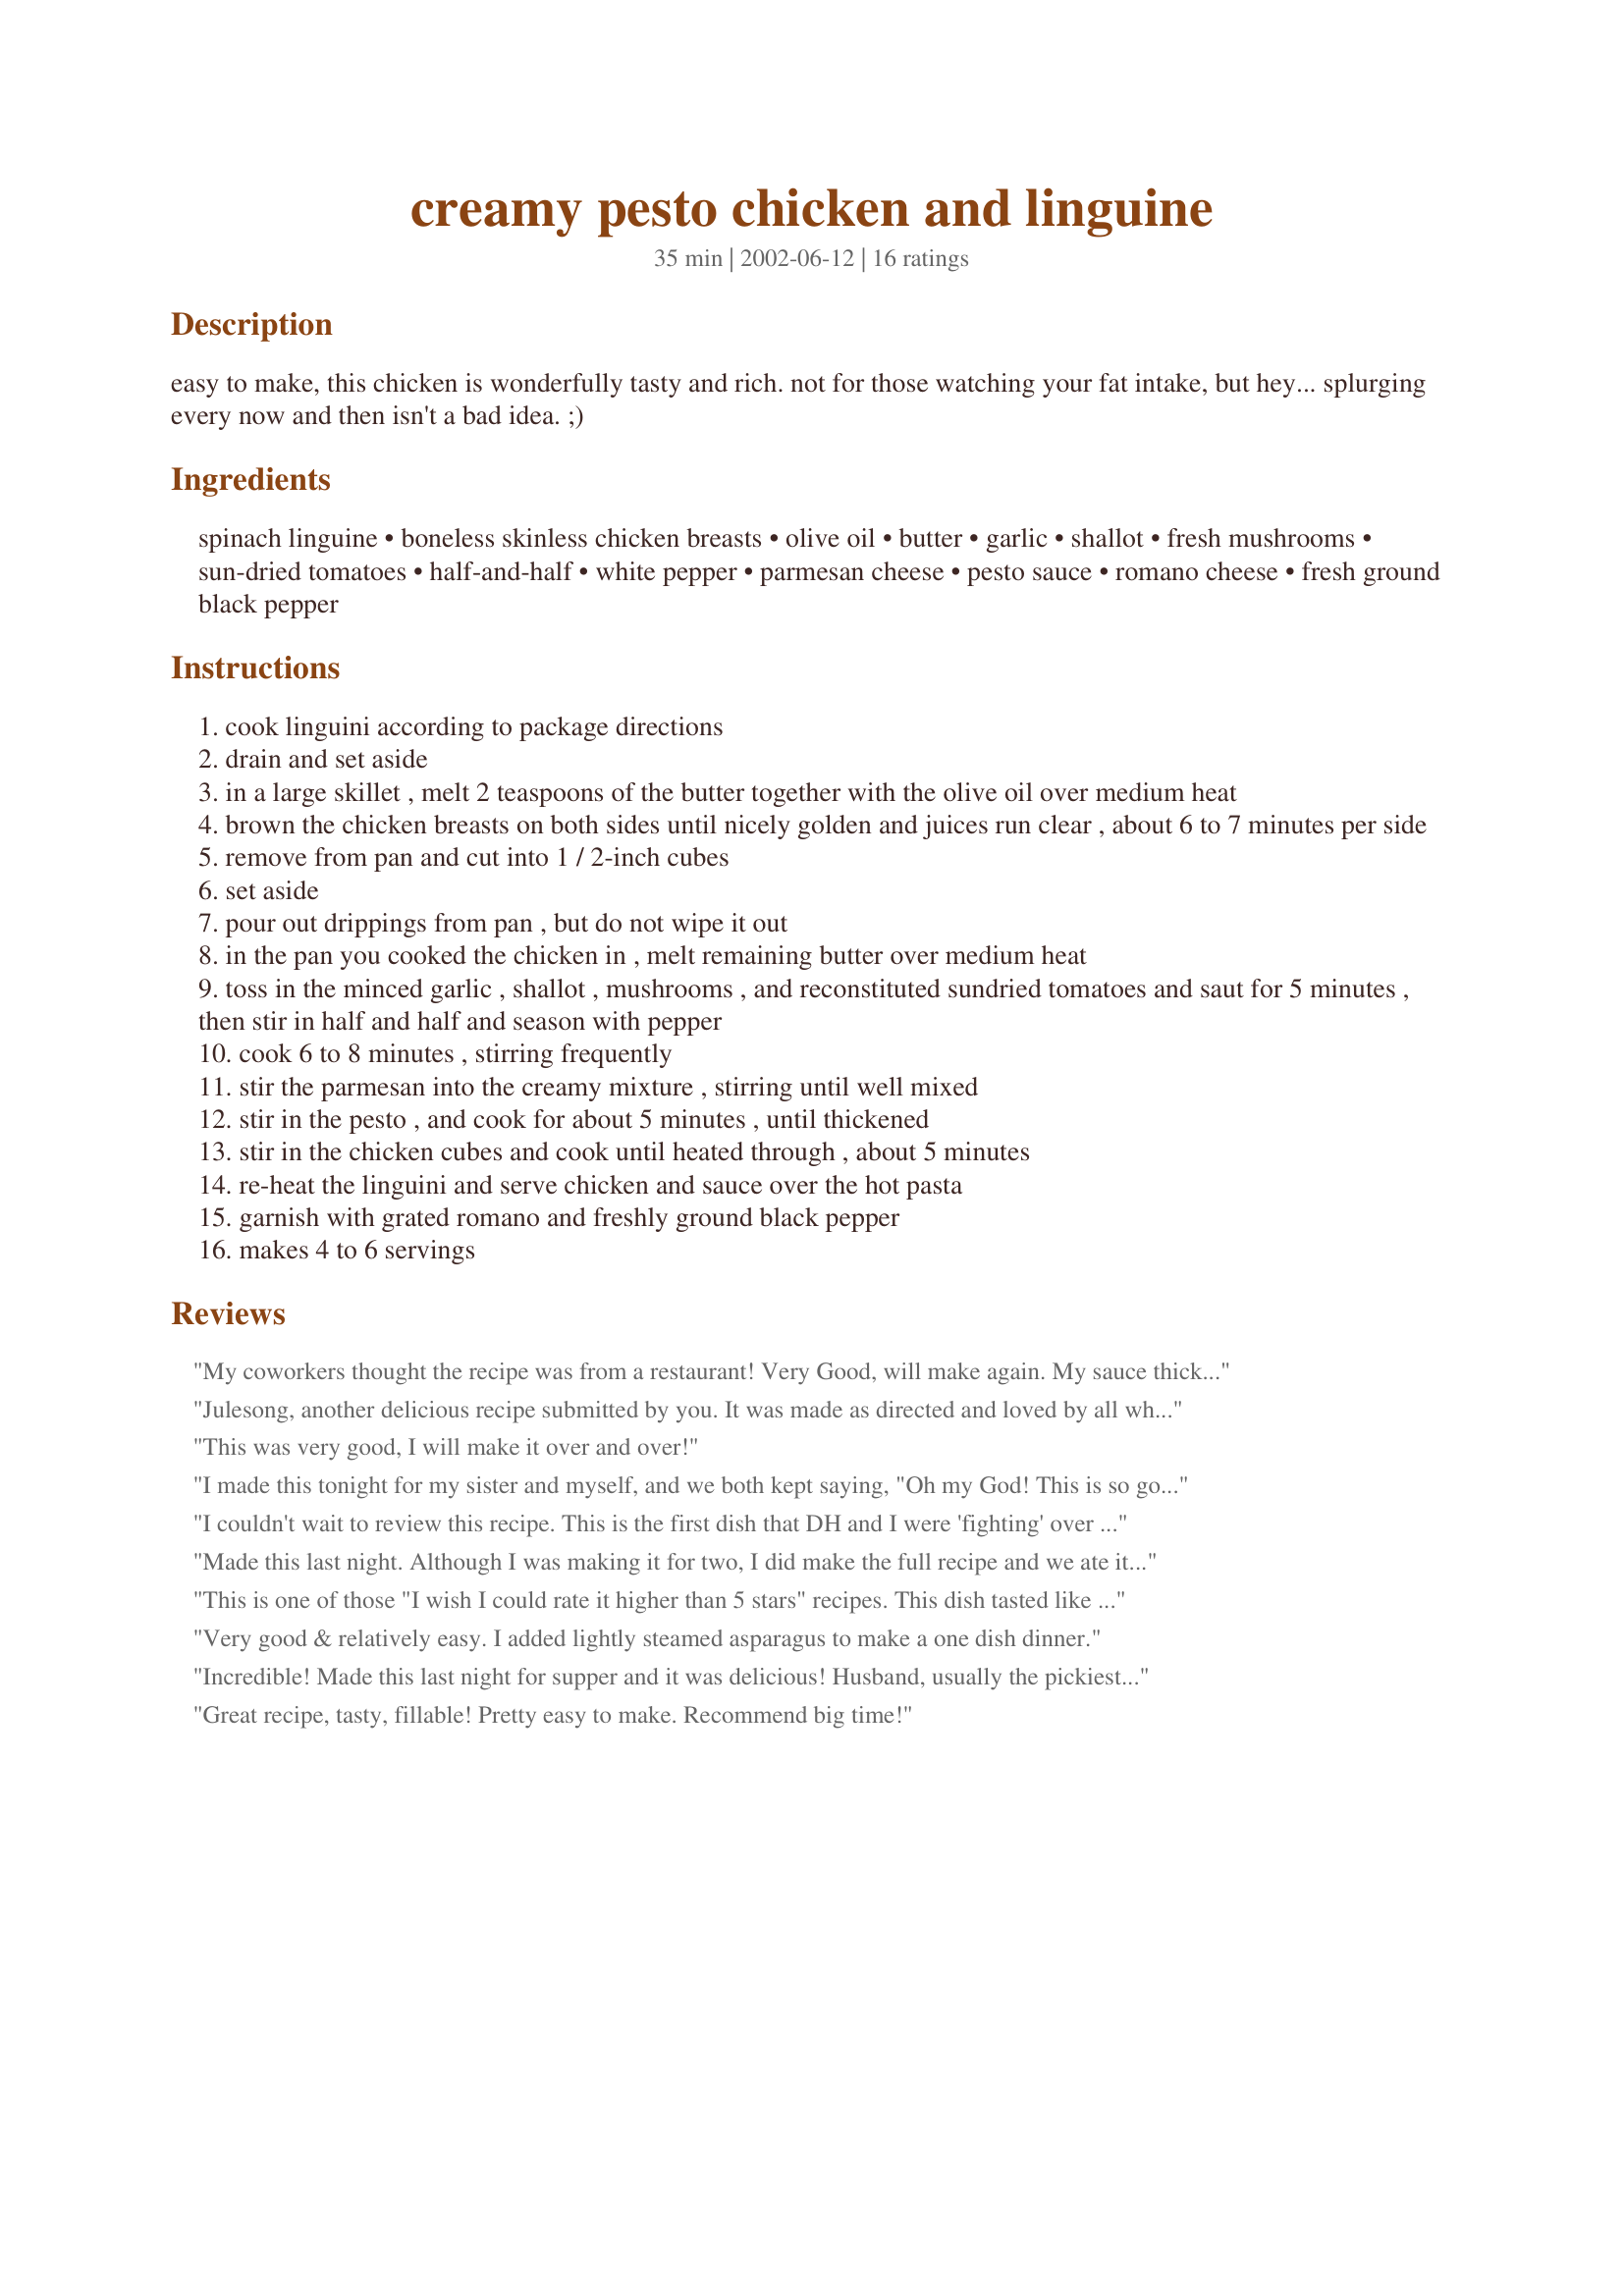
creamy pesto chicken and linguine
Preparation time: 35 minutes

easy to make, this chicken is wonderfully tasty and rich. not for those watching your fat intake, but hey... splurging every now and then isn't a bad idea. ;)

Ingredients:
spinach linguine, boneless skinless chicken breasts, olive oil, butter, garlic, shallot, fresh mushrooms, sun-dried tomatoes, half-and-half, white pepper, parmesan cheese, pesto sauce, romano cheese, fresh ground black pepper

Steps:
cook linguini according to package directions
drain and set aside
in a large skillet , melt 2 teaspoons of the butter together with the olive oil over medium heat
brown the chicken breasts on both sides until nicely golden and juices run clear , about 6 to 7 minutes per side
remove from pan and cut into 1 / 2-inch cubes
set aside
pour out drippings from pan , but do not wipe it out
in the pan you cooked the chicken in , melt remaining butter over medium heat
toss in the minced garlic , shallot , mushrooms , and reconstituted sundried tomatoes and saut for 5 minutes , then stir in half and half and season with pepper
cook 6 to 8 minutes , stirring frequently
stir the parmesan into the creamy mixture , stirring until well mixed
stir in the pesto , and cook for about 5 minutes , until thickened
stir in the chicken cubes and cook until heated through , about 5 minutes
re-heat the linguini and serve chicken and sauce over the hot pasta
garnish with grated romano and freshly ground black pepper
makes 4 to 6 servings

Reviews:
My coworkers thought the recipe was from a restaurant! Very Good, will make again. My sauce thickened quickly though. Next time I think I will make more sauce. Thanks for sharing and such an easy recipe!
Julesong, another delicious recipe submitted by you. It was made as directed and loved by all who ate it. Thank you.
This was very good, I will make it over and over!
I made this tonight for my sister and myself, and we both kept saying, "Oh my God! This is so good!" My sister's a vegetarian, so she just had the pasta with the sauce, and I had it with the chicken (which I coated with beaten egg and breadcrumbs before putting in the pan). Either way, deeelish! The only other change I made was using skim milk instead of half-and-half because it was what I had - I halved the amount called for since I thought the sauce would be too thin with that much skim milk. Obviously, it turned out perfectly. :o) Thank you, JuJu!
I couldn't wait to review this recipe. This is the first dish that DH and I were 'fighting' over leftovers for, it's amazing! I did a 'skinny version' using fat free half & half, Smart Balance butter, soy parmesan/romano and upped the mushrooms. I made my own whole wheat linguine, and think it nuttiness of the wheat flour really gave this dish some extra depth. For the pesto, I used Recipe #116412. Amazing, Amazing dish. Thank you so much for posting!!
Made this last night. Although I was making it for two, I did make the full recipe and we ate it all with half the amount of pasta. It was great.
Wonderful complex flavors and very creamy. Totally decadent.
Made the recipe as printed and discovered that the sauce got a bit too thick when simmering the half and half for 6-8 minutes. It probably depends on how hard you simmer, but to me 4-5 minutes would have been enough. I also did not find a need to simmer more than a minute each after the additions of cheese and pesto.
I cooked everything in advance up to the point of adding the cream and then started cooking the pasta so that I did not need to reheat it.
If you make this do not leave out the sun dried tomatoes as they are a key flavor ingredient.
It's a keeper.
This is one of those "I wish I could rate it higher than 5 stars" recipes. This dish tasted like it could have been served in a gormet restaurant! It was unbelievable! Thank you for posting this incredably easy AWESOME recipe!! The only changes I made was to use whole wheat spaghetti because I ran out of linguine and I also didn't have anymore sundried tomatoes in the cupboard (darnit!!) but It was delicious even without them. Thanks Again Julesong!!
Very good & relatively easy. I added lightly steamed asparagus to make a one dish dinner.
Incredible! Made this last night for supper and it was delicious! Husband, usually the pickiest of all eaters, scarfed this down, even had 2 servings! My 4 y.o. and his friend enjoyed it as well. Restaurant quality taste! I did cut the half and half by 1 c. and replaced the other half w/ skim milk. Turned out fine. Next time I'll try it w/ fat free half and half. Thanks for a great recipe!
Great recipe, tasty, fillable! Pretty easy to make. Recommend big time!
I don't tend to rate unless it was god-awful or brilliant, and this was sooooo good. Added a small amount more of the half and half, but other than that, didn't change a thing.
Awesome! Only change I made was to use three chicken breasts which I pounded so they'd cook more evenly. That was plenty of chicken for us. Great recipe for a special occasion, and quite easy, too. Really enjoyed it! Thanks for sharing!
I cut this recipe in half for 3 people. I used my own sun-dried tomatoes & increased the half & half by 1/2 cup. Added the cooked pasta to my pan of sauce to mix & at that time added a 1/2 cup of pasta water to thin the sauce a little more. This is a great recipe which was enjoyed by all. I plan on making it again in the future. Thank you Julesong.
Delicious recipe that even my 4 & 2 year old liked and my husband loved! It definitely takes the 35 min. to cook (with you standing at the stove), so I probably won't make this a lot. I added my homemade pesto sauce which I think makes a difference.
Definitely 5 Stars and more - I have made this a few times already. The sauce is wonderful, and rather versatile. I have made a vegetarian version using mushrooms and spinach, and mushrooms and sugar snap peas, but NEVER leaving out the sundried tomatoes per Mean´s review. Thanks for sharing a winner.
What a delicious dish. I made the recipe as written and it came together quickly and beautifully. The flavors are wonderful and it is elegant enough to serve at a dinner party. DS said he wanted it once a week and DH raved. As Mean Chef said, it is a keeper.
